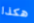
هكذا